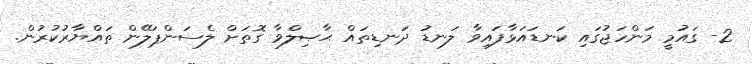
2- ގައުމީ މަންހަޖުގައި ކަނޑައަޅާފައިވާ ލަނޑު ދަނޑިތައް ޙާޞިލްވާ ގޮތަށް ލެސަންޕަލޭން ތައްޔާރުކުރުން.